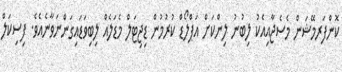
ކޮންފަރމޭޝަން މެސެޖާއިއެކު ލިބުނު ލިންކަށް އަޕްލޯޑް ކުރުމުން ޑިޖިޓަލް މެޑަލެއް ލިބިވަޑައިގަންނަވާނެއެވެ. ފިސިކަލް